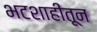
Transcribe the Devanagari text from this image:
भटशाहीतून